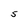
Character: S